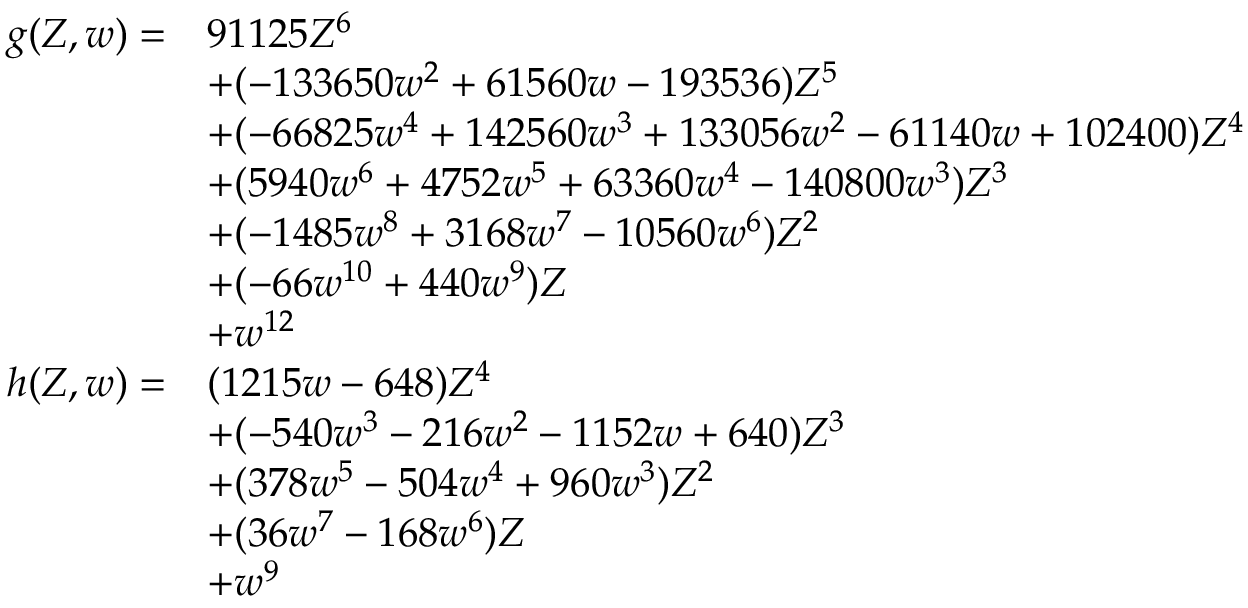
{ \begin{array} { r l } { g ( Z , w ) = } & { 9 1 1 2 5 Z ^ { 6 } } \\ & { + ( - 1 3 3 6 5 0 w ^ { 2 } + 6 1 5 6 0 w - 1 9 3 5 3 6 ) Z ^ { 5 } } \\ & { + ( - 6 6 8 2 5 w ^ { 4 } + 1 4 2 5 6 0 w ^ { 3 } + 1 3 3 0 5 6 w ^ { 2 } - 6 1 1 4 0 w + 1 0 2 4 0 0 ) Z ^ { 4 } } \\ & { + ( 5 9 4 0 w ^ { 6 } + 4 7 5 2 w ^ { 5 } + 6 3 3 6 0 w ^ { 4 } - 1 4 0 8 0 0 w ^ { 3 } ) Z ^ { 3 } } \\ & { + ( - 1 4 8 5 w ^ { 8 } + 3 1 6 8 w ^ { 7 } - 1 0 5 6 0 w ^ { 6 } ) Z ^ { 2 } } \\ & { + ( - 6 6 w ^ { 1 0 } + 4 4 0 w ^ { 9 } ) Z } \\ & { + w ^ { 1 2 } } \\ { h ( Z , w ) = } & { ( 1 2 1 5 w - 6 4 8 ) Z ^ { 4 } } \\ & { + ( - 5 4 0 w ^ { 3 } - 2 1 6 w ^ { 2 } - 1 1 5 2 w + 6 4 0 ) Z ^ { 3 } } \\ & { + ( 3 7 8 w ^ { 5 } - 5 0 4 w ^ { 4 } + 9 6 0 w ^ { 3 } ) Z ^ { 2 } } \\ & { + ( 3 6 w ^ { 7 } - 1 6 8 w ^ { 6 } ) Z } \\ & { + w ^ { 9 } } \end{array} }